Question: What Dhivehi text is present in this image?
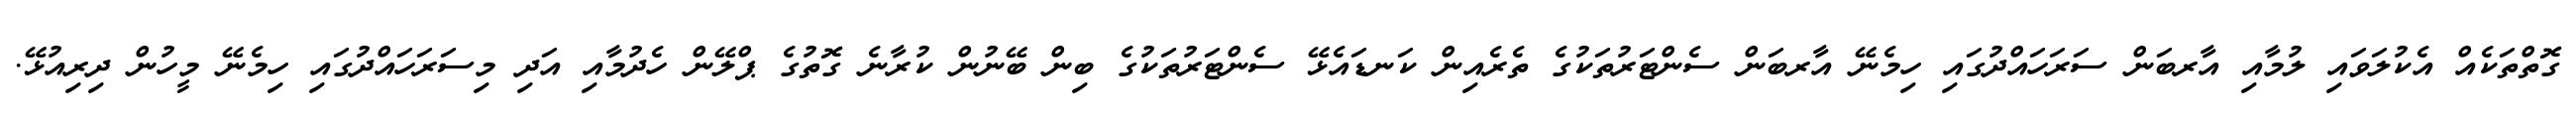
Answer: ގޮތްތަކެއް އެކުލަވައި ލުމާއި އާރބަން ސަރަހައްދުގައި ހިމެނޭ އާރބަން ސެންޓަރުތަކުގެ ތެރެއިން ކަނޑައެޅޭ ސެންޓަރުތަކުގެ ބިން ބޭނުން ކުރާނެ ގޮތުގެ ޕްލޭން ހެދުމާއި އަދި މިސަރަހައްދުގައި ހިމެނޭ މީހުން ދިރިއުޅޭ.